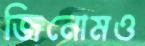
জিনোমও